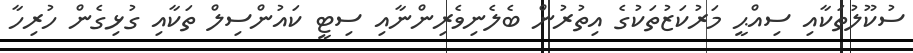
ސުކޫލުތަކާއި ސިއްޙީ މަރުކަޒުތަކުގެ އިތުރުން ބެލެނިވެރިންނާއި ސިޓީ ކައުންސިލް ތަކާއި ގުޅިގެން ހުރިހާ